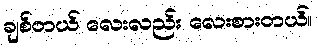
ချစ်တယ် လေးလည်း လေးစားတယ်။